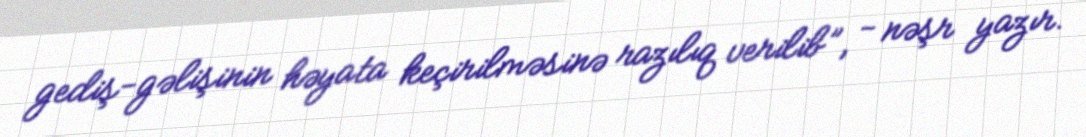
gediş-gəlişinin həyata keçirilməsinə razılıq verilib”, - nəşr yazır.